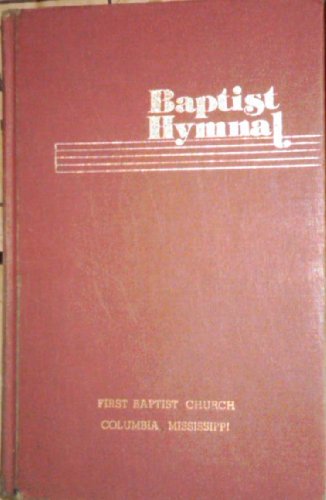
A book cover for Baptist Hymnal; Christian Books & Bibles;